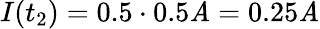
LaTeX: I(t_{2})=0.5\cdot0.5\mathit{A}=0.25\mathit{A}